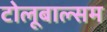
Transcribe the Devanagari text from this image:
टोलूबाल्सम